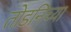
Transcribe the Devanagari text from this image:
तोडनिच्या